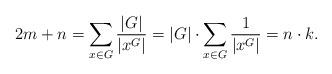
LaTeX: \begin{align*}2m +n = \sum_{x\in G} {\frac{|G|}{|x^G|}} = |G|\cdot \sum_{x\in G}{\frac{1}{|x^G|}} = n\cdot k.\end{align*}